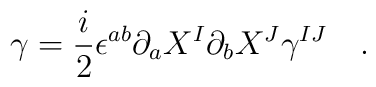
\gamma =\frac{i}{2}\epsilon^{ab}\partial_aX^I\partial_bX^J\gamma^{IJ}~~~.